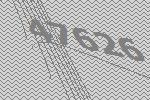
47626